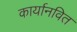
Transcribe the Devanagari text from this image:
कार्यानवित